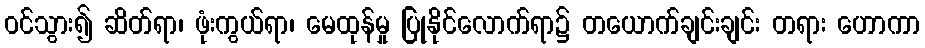
ဝင်သွား၍ ဆိတ်ရာ၊ ဖုံးကွယ်ရာ၊ မေထုန်မှု ပြုနိုင်လောက်ရာ၌ တယောက်ချင်းချင်း တရား ဟောကာ